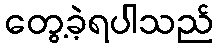
တွေ့ခဲ့ရပါသည်